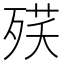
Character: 𣨘